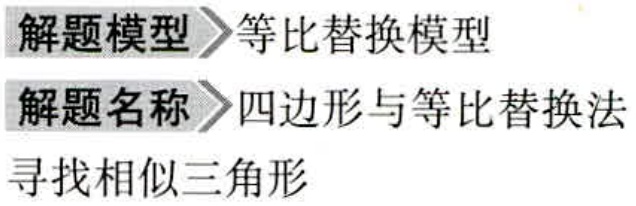
解题模型$\rhd$等比替换模型
解题名称$\rhd$四边形与等比替换法
寻找相似三角形